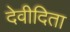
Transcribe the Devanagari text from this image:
देवीदिता